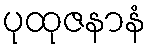
ပုထုဇနာနံ